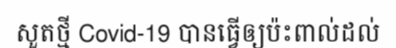
សួតថ្មី Covid-19 បានធ្វើឲ្យប៉ះពាល់ដល់